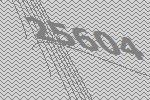
25604